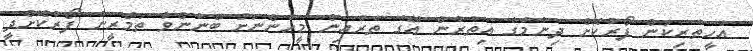
އެހީތެރިކަން ފޯރުކޮށް ދިނުމުގެ އިތުރުން އޭގެ ތެރެއިން މީހުންނަށް ބޭނުންވާ ތަމްރީނު ފޯރުކޮށްދީ